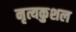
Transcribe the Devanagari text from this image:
नृत्यकुशल